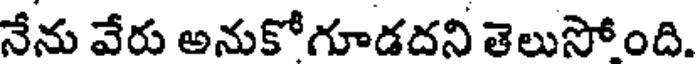
నేను వేరు అనుకోగూడదని తెలుసోంది.